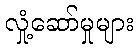
လှုံ့ဆော်မှုများ